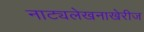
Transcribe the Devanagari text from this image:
नाट्यलेखनाखेरीज